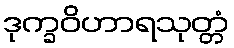
ဒုက္ခဝိဟာရသုတ္တံ